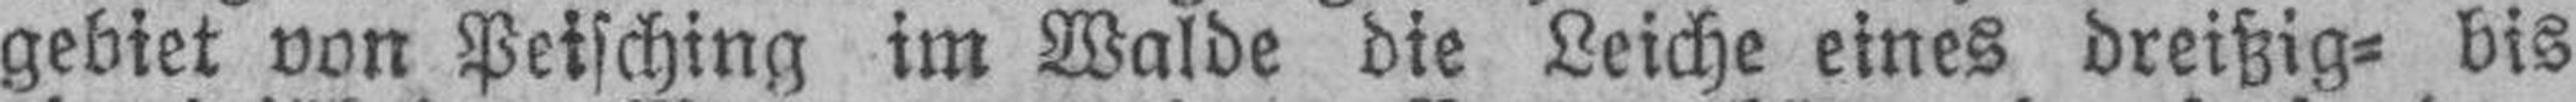
gebiet von Peisching im Walde die Leiche eines dreißig= bis